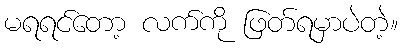
မရရင်တော့ လက်ကို ဖြတ်ရမှာပဲတဲ့။